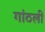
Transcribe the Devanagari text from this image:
गांठली